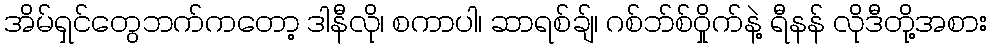
အိမ်ရှင်တွေဘက်ကတော့ ဒါနီလို၊ စကာပါ၊ ဆာရစ်ချ်၊ ဂစ်ဘ်စ်ဝှိုက်နဲ့ ရီနန် လိုဒီတို့အစား